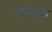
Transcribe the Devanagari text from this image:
खसक